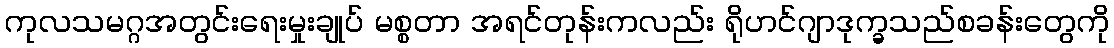
ကုလသမဂ္ဂအတွင်းရေးမှုးချုပ် မစ္စတာ အရင်တုန်းကလည်း ရိုဟင်ဂျာဒုက္ခသည်စခန်းတွေကို